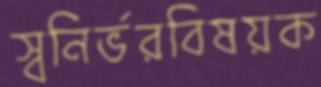
স্বনির্ভরবিষয়ক